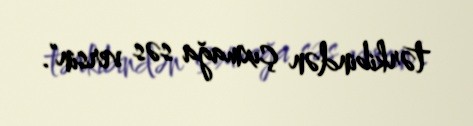
tərkibindən çıxmağa səs versin".